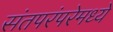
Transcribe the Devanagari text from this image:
संतपरंपरेमध्ये